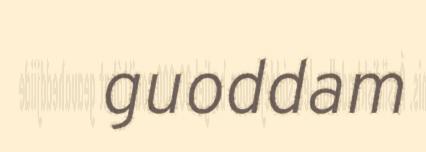
guoddam